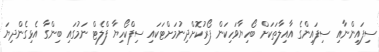
ސިފައިންނާއި ސިފައިންގެ އާއިލާތަކަށް ބޯހިޔާވަހިކަން ފޯރުކޮށްދިނުމަށްޓަކައި ސިފްކޯހިޔާ ފްލެޓް ނަމުގައި ބިންގާ އެޅިގެންދިޔަ